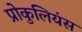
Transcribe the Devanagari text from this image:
प्रोकुलियंस